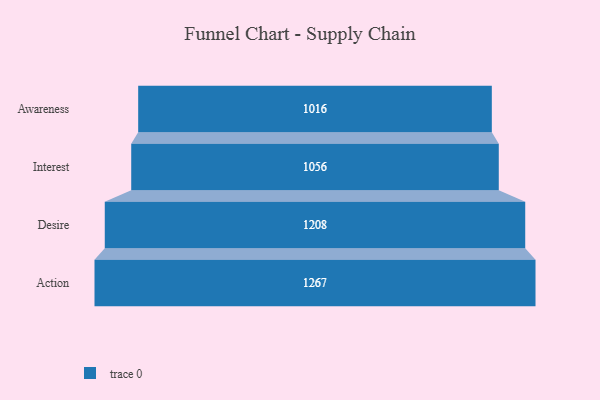
{"axis": {"x": "Stage", "y": "Value"}, "legend": [""], "data": [{"x": "Awareness", "y": 1016.0, "type": ""}, {"x": "Interest", "y": 1056.0, "type": ""}, {"x": "Desire", "y": 1208.0, "type": ""}, {"x": "Action", "y": 1267.0, "type": ""}]}